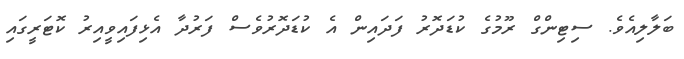
ބަލާލިއެވެ. ސިޓިންގް ރޫމުގެ ކުޑަދޮރު ފަދައިން އެ ކުޑަދޮރުވެސް ފަރުދާ އެޅިފައިވީއިރު ކޮޓަރީގައި